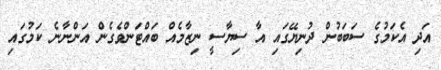
އަދި އެކަމުގެ ސަބަބުން ދުނިޔޭގައި އާ ސިޔާސީ ނިޒާމެއް ބައްޓަންވެގެން އަންނާނެ ކަމުގައި